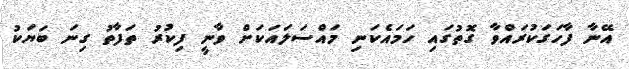
އޭނާ ފާހަގަކުރައްވާ ގޮތުގައި ހަމައެކަނި މައްސަލައަކަށް ވާނީ ފިކުރު ތަފާތު ގިނަ ބަޔަކު